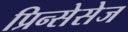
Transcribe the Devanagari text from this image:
प्रिन्सेसेज